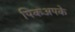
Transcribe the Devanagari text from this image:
पिकअपके